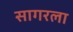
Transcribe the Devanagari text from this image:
सागरला